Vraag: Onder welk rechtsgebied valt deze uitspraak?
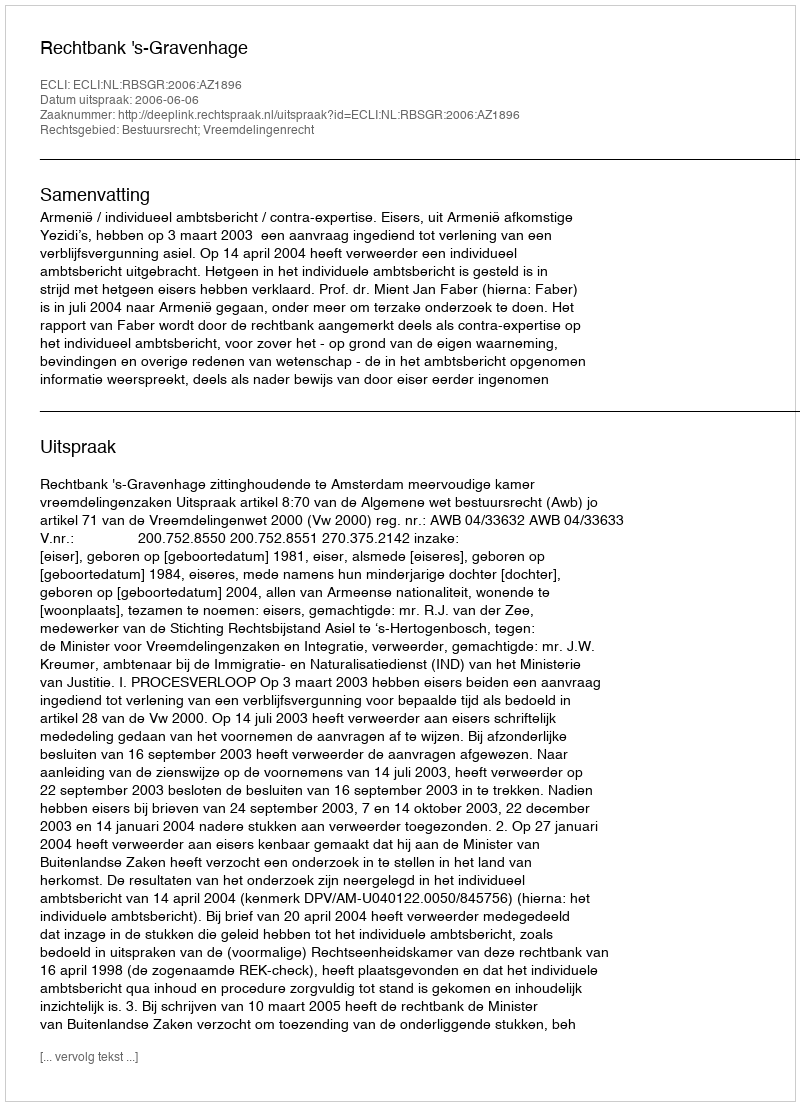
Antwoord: Bestuursrecht; Vreemdelingenrecht